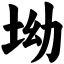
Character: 坳